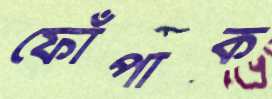
ফোঁপাক